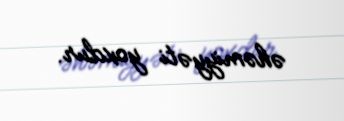
əhəmiyyəti yoxdur.